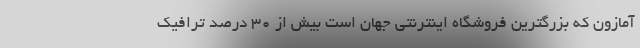
آمازون که بزرگترین فروشگاه اینترنتی جهان است بیش از 30 درصد ترافیک